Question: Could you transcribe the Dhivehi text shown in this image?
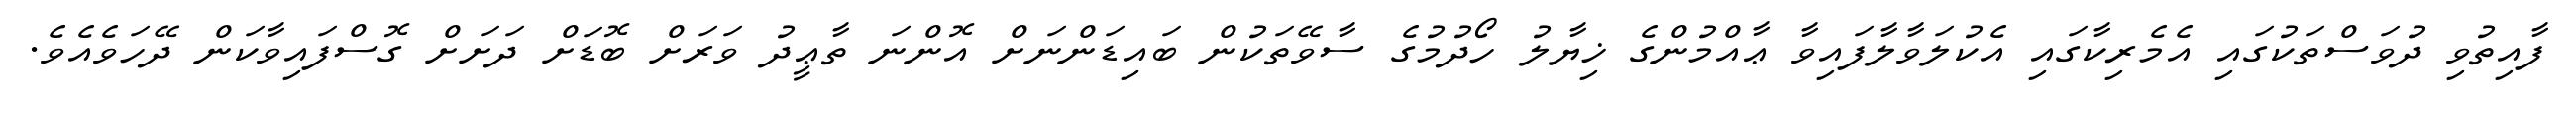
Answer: ފާއިތުވި ދުވަސްތަކުގައި އެމެރިކާގައި އެކުލަވާލާފައިވާ ޢާއްމުންގެ ޚިޔާލު ހޯދުމުގެ ސާވޭތަކުން ބައިޑަންނަށް އޮންނަ ތާޢީދު ވަރަށް ބޮޑަށް ދަށަށް ގޮސްފައިވާކަން ދޭހަވެއެވެ.